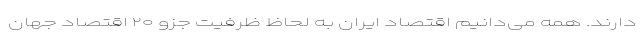
دارند. همه می‌دانیم اقتصاد ایران به لحاظ ظرفیت جزو ۲۰ اقتصاد جهان